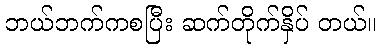
ဘယ်ဘက်ကစပြီး ဆက်တိုက်နှိပ် တယ်။